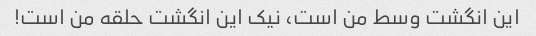
این انگشت وسط من است، نیک این انگشت حلقه من است!